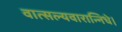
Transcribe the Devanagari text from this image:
वात्सल्यवारान्निधे।